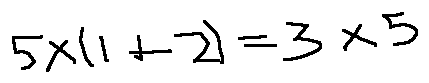
5 \times ( 1 + 2 ) = 3 \times 5